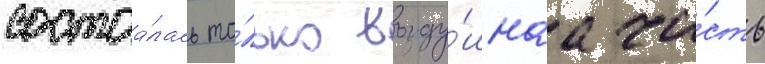
состоа́лась то́лько возду́шнаа ча́сть